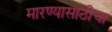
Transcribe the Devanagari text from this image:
मारण्यासाठीचा